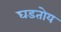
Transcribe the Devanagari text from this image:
घडतोय